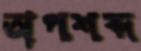
অপশব্দ